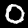
Digit: 0